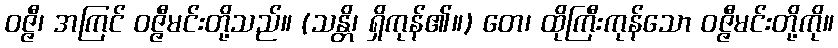
ဝဇ္ဇီ၊ အကြင် ဝဇ္ဇီမင်းတို့သည်။ (သန္တိ၊ ရှိကုန်၏။) တေ၊ ထိုကြီးကုန်သော ဝဇ္ဇီမင်းတို့ကို။